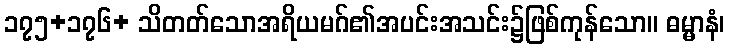
၁၇၅+၁၇၆+ သိတတ်သောအရိယမဂ်၏အပင်းအသင်း၌ဖြစ်ကုန်သော။ ဓမ္မာနံ၊